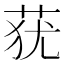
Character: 莸